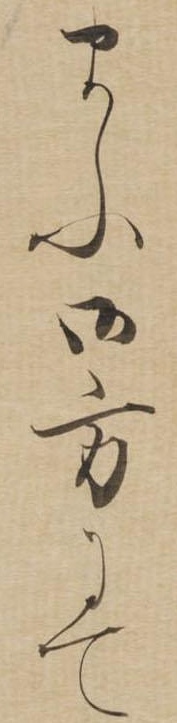
まふ御方にて